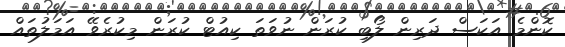
ކޮންމެ އަކަސް ދަރިން ލޯބި ކުރަން ނުވަތަ ކިއުޓް ކުރަން މިކުރެވޭ އަމަލުތައް